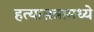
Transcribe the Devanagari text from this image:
हत्यासत्रामध्ये